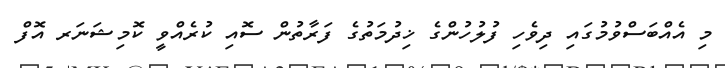
މި އެއްބަސްވުމުގައި ދިވެހި ފުލުހުންގެ ޚިދުމަތުގެ ފަރާތުން ސޮއި ކުރެއްވީ ކޮމިޝަނަރ އޮފް